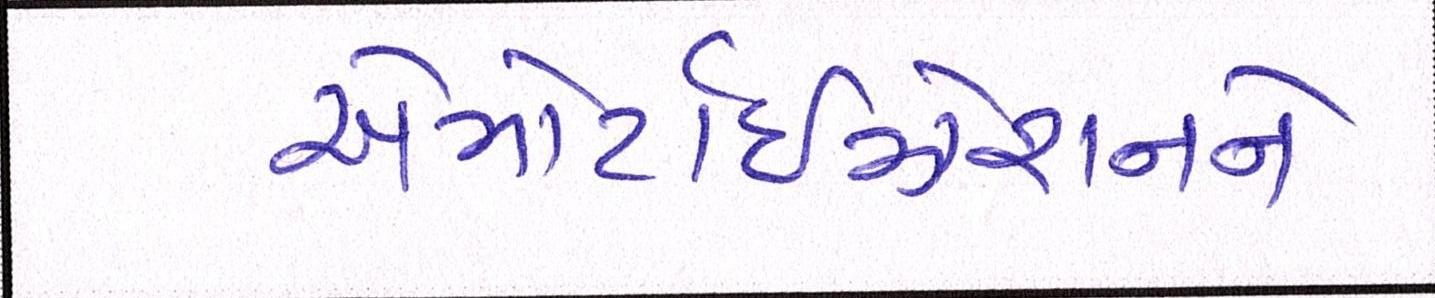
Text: એમોર્ટાઇઝેશનને